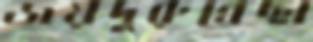
জয়দুরুন্নেছা